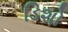
ડિશો